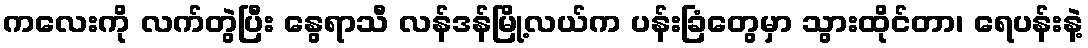
ကလေးကို လက်တွဲပြီး နွေရာသီ လန်ဒန်မြို့လယ်က ပန်းခြံတွေမှာ သွားထိုင်တာ၊ ရေပန်းနဲ့